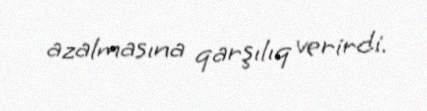
azalmasına qarşılıq verirdi.